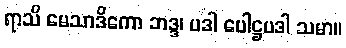
ရာသိ မေသာဒိကော ဘဒ္ဒ၊ ပဒါ ပေါဋ္ဌပဒါ သမာ။